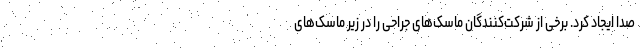
صدا ایجاد کرد. برخی از شرکت‌کنندگان ماسک‌های جراحی را در زیر ماسک‌های